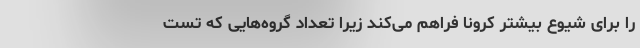
را برای شیوع بیشتر کرونا فراهم می‌کند زیرا تعداد گروه‌هایی که تست